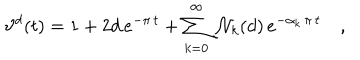
\vartheta ^ { d } ( t ) = 1 + 2 d \, e ^ { - \pi \, t } + \sum _ { k = 0 } ^ { \infty } \, { \mathcal N } _ { k } ( d ) \, e ^ { - \alpha _ { k } \, \pi \, t } \quad ,